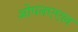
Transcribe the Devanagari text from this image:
ओपनएएल